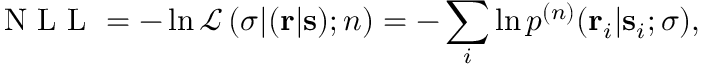
\textrm { N L L } = - \ln \mathcal { L } \left( \boldsymbol { \sigma } | ( \mathbf { r } | \mathbf { s } ) ; n \right) = - \sum _ { i } \ln p ^ { ( n ) } ( \mathbf { r } _ { i } | \mathbf { s } _ { i } ; \boldsymbol { \sigma } ) ,